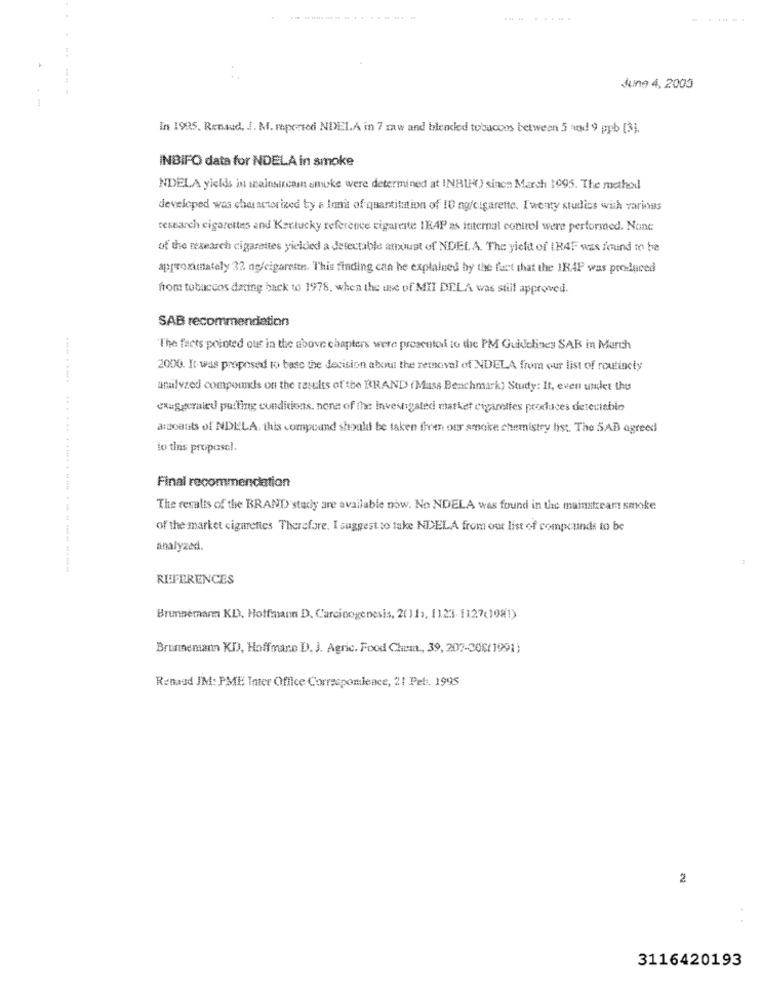
June 4, 2003
In 1995. Renaud, J. M. mperiod NDELA in 7 zaw and blended tobacoos between 5 and 9 ppb [3],
INBIFO data for NDELA in smoke
NDELA yields in mainsarcam smoke were determined at INBLHO since March 1995. The method
developed was characterized by a lanit of quantitation of 10 ng/cigarette. I'wenty studios with various
research cigarettes and Kentucky reference rigareste IKAP as internal control were performed. None
of the research cigarettes yielded a detectable amount of NDELA. The yield of IRAF was found to be
approximately 32 ne/cigarette. This finding can he explained by the fact that the IRAP was produced
from tobaccos dating back to 1978, when the use of MII DELA was still approved.
SAB recommendation
"The facts pointed our in the above chapters were presented to the PM Guidelines SAB in March
2000. It-was proposed to base the decision about the removal of NDELA from our list of routinely
analyzed compounds on the results of the BRAND (Mass Benchmark) Study: It, even undet thu
exaggerated putting conditions. none of the investigated market cigarettes produces deteciebio
a:goatits of NDELA, this compeand should be taken firen our smoke chemistry list. The SAB agreed
to tins propose !.
Final recommendation
The results of the BRAND stady are available now. No NDELA was found in the mainstream smoke
of the market cigarettes Therefore. I suggest so take NDELA from out list of compounds to be
analyzed.
.......... ... ..............-....
REFERENCES
Brunnemann KD. Hoffmann D. Carcinogenesis, 2(11), 1123-1127(1981)
Brunnemann KD, Hoffmano D. J. Agric. Food Chema ., 39, 207-006(1991)
Renaud JM: PME Inter Office Corresponleace, 21 Pet. 1995
2
..
3116420193